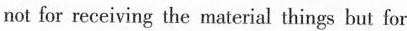
not for receiving the material things but for